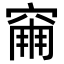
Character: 𥧀